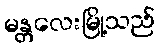
မန္တလေးမြို့သည်